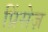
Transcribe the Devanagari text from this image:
प्रिंसेज़